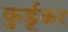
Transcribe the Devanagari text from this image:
कुर्डूकर